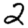
Digit: 2